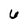
Character: 6